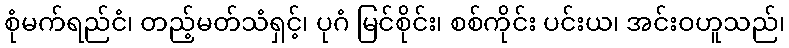
စုံမက်ရည်ငံ၊ တည့်မတ်သံရှင့်၊ ပုဂံ မြင်စိုင်း၊ စစ်ကိုင်း ပင်းယ၊ အင်းဝဟူသည်၊